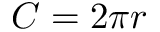
C = 2 \pi r